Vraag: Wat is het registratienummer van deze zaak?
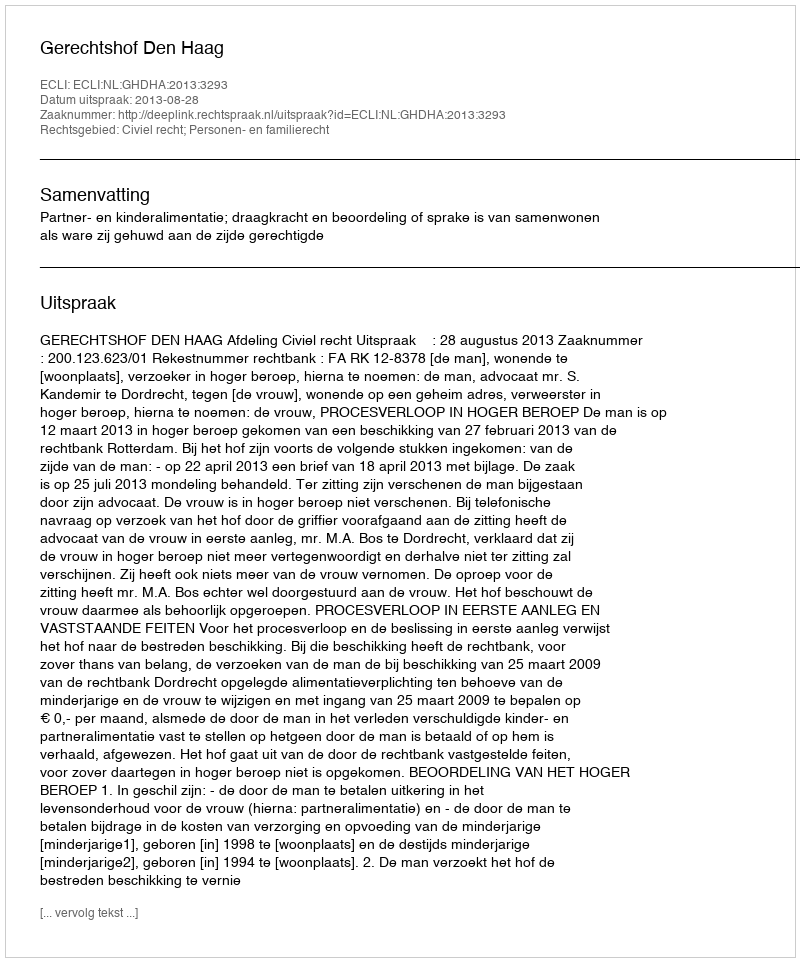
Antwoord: http://deeplink.rechtspraak.nl/uitspraak?id=ECLI:NL:GHDHA:2013:3293